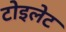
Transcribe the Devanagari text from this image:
टोइलेट